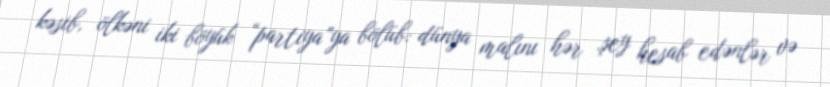
kəsib, ölkəni iki böyük “partiya”ya bölüb: dünya malını hər şey hesab edənlər və